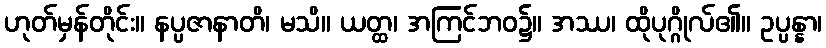
ဟုတ်မှန်တိုင်း။ နပ္ပဇာနာတိ၊ မသိ။ ယတ္ထ၊ အကြင်ဘဝ၌။ အဿ၊ ထိုပုဂ္ဂိုလ်၏။ ဥပ္ပန္နာ၊